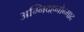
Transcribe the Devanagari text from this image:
अग्निदहनोन्माद